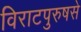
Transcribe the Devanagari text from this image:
विराटपुरुषसे